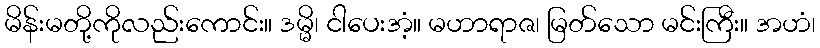
မိန်းမတို့ကိုလည်းကောင်း။ ဒမ္မိ၊ ငါပေးအံ့။ မဟာရာဇ၊ မြတ်သော မင်းကြီး။ အဟံ၊